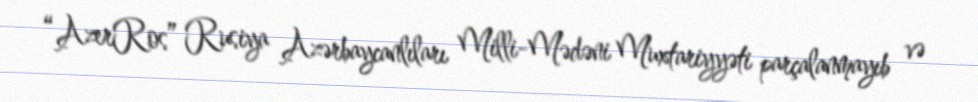
“AzerRos” Rusiya Azərbaycanlıları Milli-Mədəni Muxtariyyəti parçalanmayıb və